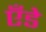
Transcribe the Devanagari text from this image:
एँडे